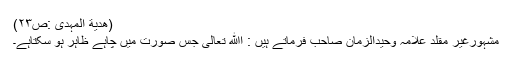
(ھدیة المہدی :ص۲۳)
مشہورغیر مقلد علامہ وحیدالزمان صاحب فرماتے ہیں : اﷲ تعالی جس صورت میں چاہے ظاہر ہو سکتاہے۔